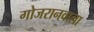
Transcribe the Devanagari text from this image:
गोजरानवाला